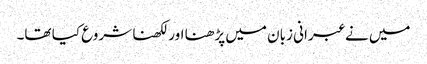
میں نے عبرانی زبان میں پڑھنا اور لکھنا شروع کیا تھا۔